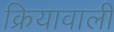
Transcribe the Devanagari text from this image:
क्रियावाली